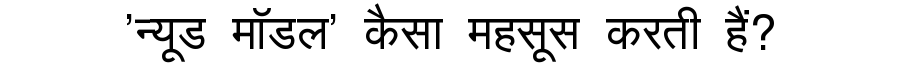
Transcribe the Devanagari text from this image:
'न्यूड मॉडल' कैसा महसूस करती हैं?